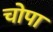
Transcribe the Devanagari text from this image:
चोपा